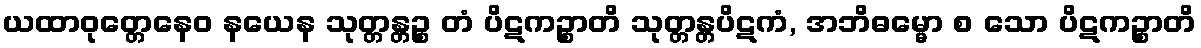
ယထာဝုတ္တေနေဝ နယေန သုတ္တန္တဉ္စ တံ ပိဋကဉ္စာတိ သုတ္တန္တပိဋကံ, အဘိဓမ္မော စ သော ပိဋကဉ္စာတိ